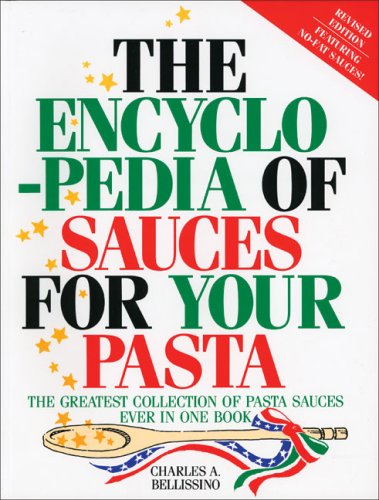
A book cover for The Encyclopedia of Sauces for Your Pasta: The Greatest Collection of Pasta Sauces Ever in One Book; Charles A. Bellissino; Cookbooks, Food & Wine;